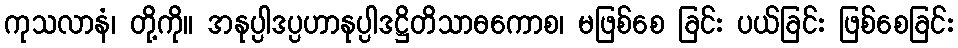
ကုသလာနံ၊ တို့ကို။ အနုပ္ပါဒပ္ပဟာနုပ္ပါဒဋ္ဌိတိသာဓကောစ၊ မဖြစ်စေ ခြင်း ပယ်ခြင်း ဖြစ်စေခြင်း